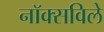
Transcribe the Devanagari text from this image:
नाॅक्सविले